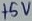
Text: +5V